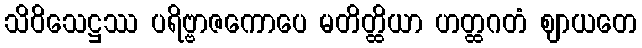
သိဝိသေဋ္ဌဿ ပရိဗ္ဗာဇကောပေ မတိတ္ထိယာ ဟတ္ထဂတံ ဈာယတေ